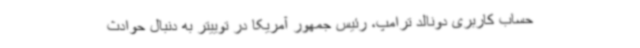
حساب کاربری دونالد ترامپ، رئیس جمهور آمریکا در توییتر به دنبال حوادث